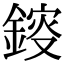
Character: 䤹